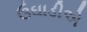
ઉઘાડીએ